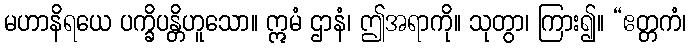
မဟာနိရယေ ပက္ခိပန္တိဟူသော။ ဣမံ ဌာနံ၊ ဤအရာကို။ သုတွာ၊ ကြား၍။ “ဧတ္တကံ၊